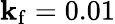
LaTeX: \mathbf{k}_{\mathrm{f}}=0.01